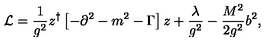
{ \cal L } = \frac { 1 } { g ^ { 2 } } z ^ { \dagger } \left[ - \partial ^ { 2 } - m ^ { 2 } - \Gamma \right] z + \frac { \lambda } { g ^ { 2 } } - \frac { M ^ { 2 } } { 2 g ^ { 2 } } b ^ { 2 } ,